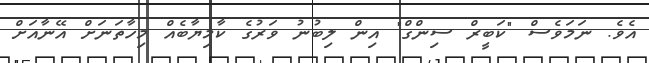
އެވެ. ނަމަވެސް "ކަބީރް ސިންގް" އިން ލިބުނު ވަރުގެ ކާމިޔާބެއް މިހާތަނަށް އޭނާއަށް